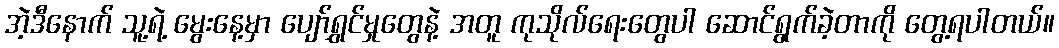
အဲ့ဒီနောက် သူ့ရဲ့ မွေးနေ့မှာ ပျော်ရွှင်မှုတွေနဲ့ အတူ ကုသိုလ်ရေးတွေပါ ဆောင်ရွက်ခဲ့တာကို တွေ့ရပါတယ်။